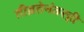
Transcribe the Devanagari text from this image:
तीव्रतेनंतरही